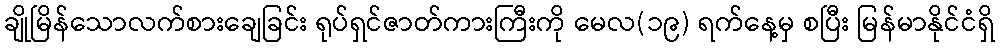
ချိုမြိန်သောလက်စားချေခြင်း ရုပ်ရှင်ဇာတ်ကားကြီးကို မေလ(၁၉) ရက်နေ့မှ စပြီး မြန်မာနိုင်ငံရှိ